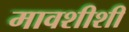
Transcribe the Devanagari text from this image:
मावशीशी